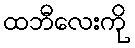
ထဘီလေးကို